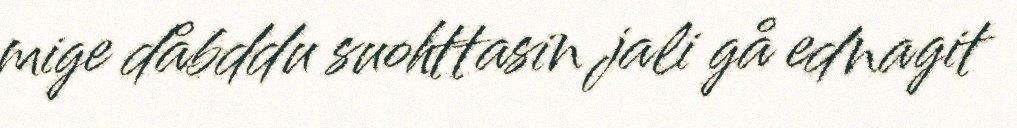
mige dåbddu suohttasin jali gå ednagit